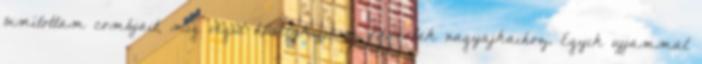
simítottam combjait, míg végül hüvelykujjaim odaértek nagyajkaihoz. Egyik ujjammal